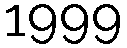
1999